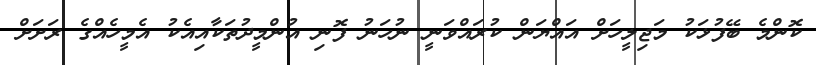
ކޮންމެ ބޭފުޅަކު މަޖިލީހަށް އައްޔަން ކުރައްވަނީ ނުހަނު ފޮނި އުންމީދުތަކާއިއެކު އެމީހެއްގެ ރަށަށް